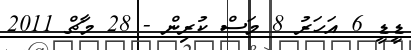
ޑީޑީ 6 އަހަރު 8 މަސް ކުރިން - 28 މާޗް 2011